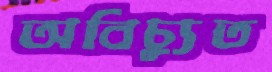
অবিচ্যুত